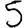
Digit: 5